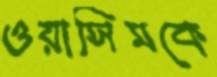
ওয়াসিমকে